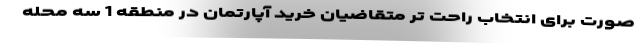
صورت برای انتخاب راحت تر متقاضیان خرید آپارتمان در منطقه 1 سه محله